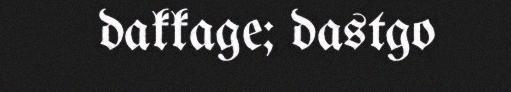
dakkage; dastgo